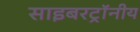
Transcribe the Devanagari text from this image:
साइबरट्राॅनीय